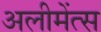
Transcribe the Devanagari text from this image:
अलीमेंत्स